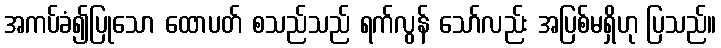
အကပ်ခံ၍ပြုသော ထောပတ် စသည်သည် ရက်လွန် သော်လည်း အပြစ်မရှိဟု ပြသည်။